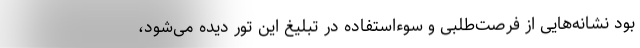
بود نشانه‌هایی از فرصت‌طلبی و سوءاستفاده در تبلیغ این تور دیده می‌شود،